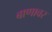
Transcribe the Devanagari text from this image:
बाणावर